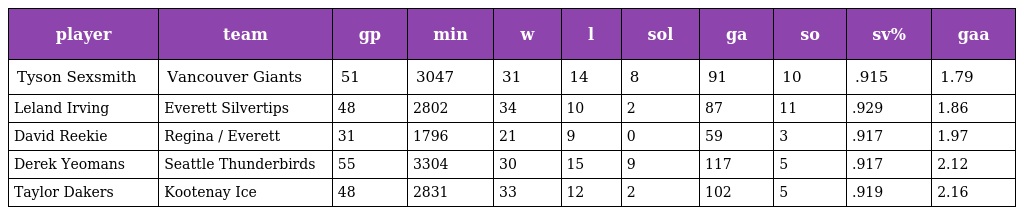
| player | team | gp | min | w | l | sol | ga | so | sv% | gaa |
 | --- | --- | --- | --- | --- | --- | --- | --- | --- | --- | --- |
 | Tyson Sexsmith | Vancouver Giants | 51 | 3047 | 31 | 14 | 8 | 91 | 10 | .915 | 1.79 |
 | Leland Irving | Everett Silvertips | 48 | 2802 | 34 | 10 | 2 | 87 | 11 | .929 | 1.86 |
 | David Reekie | Regina / Everett | 31 | 1796 | 21 | 9 | 0 | 59 | 3 | .917 | 1.97 |
 | Derek Yeomans | Seattle Thunderbirds | 55 | 3304 | 30 | 15 | 9 | 117 | 5 | .917 | 2.12 |
 | Taylor Dakers | Kootenay Ice | 48 | 2831 | 33 | 12 | 2 | 102 | 5 | .919 | 2.16 |